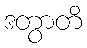
ဒတွာတိ